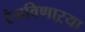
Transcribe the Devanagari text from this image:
रंगविणाऱ्या